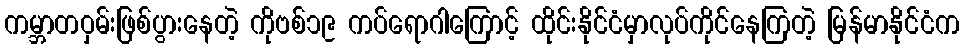
ကမ္ဘာတဝှမ်းဖြစ်ပွားနေတဲ့ ကိုဗစ်၁၉ ကပ်ရောဂါကြောင့် ထိုင်းနိုင်ငံမှာလုပ်ကိုင်နေကြတဲ့ မြန်မာနိုင်ငံက